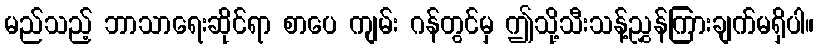
မည်သည့် ဘာသာရေးဆိုင်ရာ စာပေ ကျမ်း ဂန်တွင်မှ ဤသို့သီးသန့်ညွှန်ကြားချက်မရှိပါ။